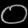
Digit: ၀